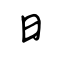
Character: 曰